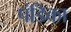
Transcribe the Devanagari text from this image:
पंडिका